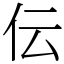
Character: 伝